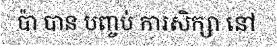
ប៉ា បាន បញ្ចប់ ការសិក្សា នៅ